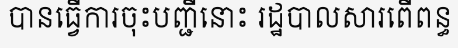
បានធ្វើការចុះបញ្ជីនោះ រដ្ឋបាលសារពើពន្ធ